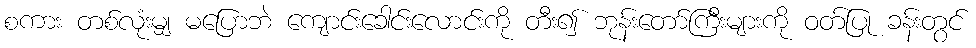
စကား တစ်လုံးမျှ မပြောဘဲ ကျောင်းခေါင်းလောင်းကို တီး၍ ဘုန်းတော်ကြီးများကို ဝတ်ပြု ခန်းတွင်